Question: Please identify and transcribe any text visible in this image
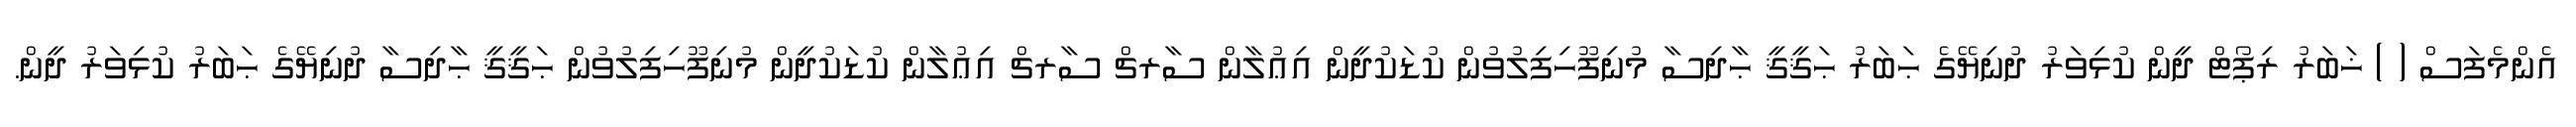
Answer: އެންމެފަސް ( ) ޚަބަރު ރިޕޯޓް ދީން ކުޅިވަރު ދުނިޔޭގެ ޙަބަރު ޙަޤީޤީ ޙާދިސާ މުނިފޫހިފިލުވުން ކުޑަކުދީން އިޢުލާން ސާރޗް ސާރޗް އިޢުލާން ކުޑަކުދީން މުނިފޫހިފިލުވުން ޙަޤީޤީ ޙާދިސާ ދުނިޔޭގެ ޙަބަރު ކުޅިވަރު ދީން.